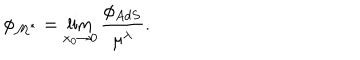
\phi _ { \cal M ^ { * } } = \lim _ { x _ { 0 } \to 0 } { \frac { \phi _ { A d S } } { \mu ^ { \lambda } } } .